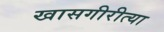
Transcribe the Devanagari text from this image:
खासगीरीत्या